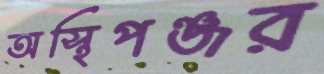
অস্থিপঞ্জর